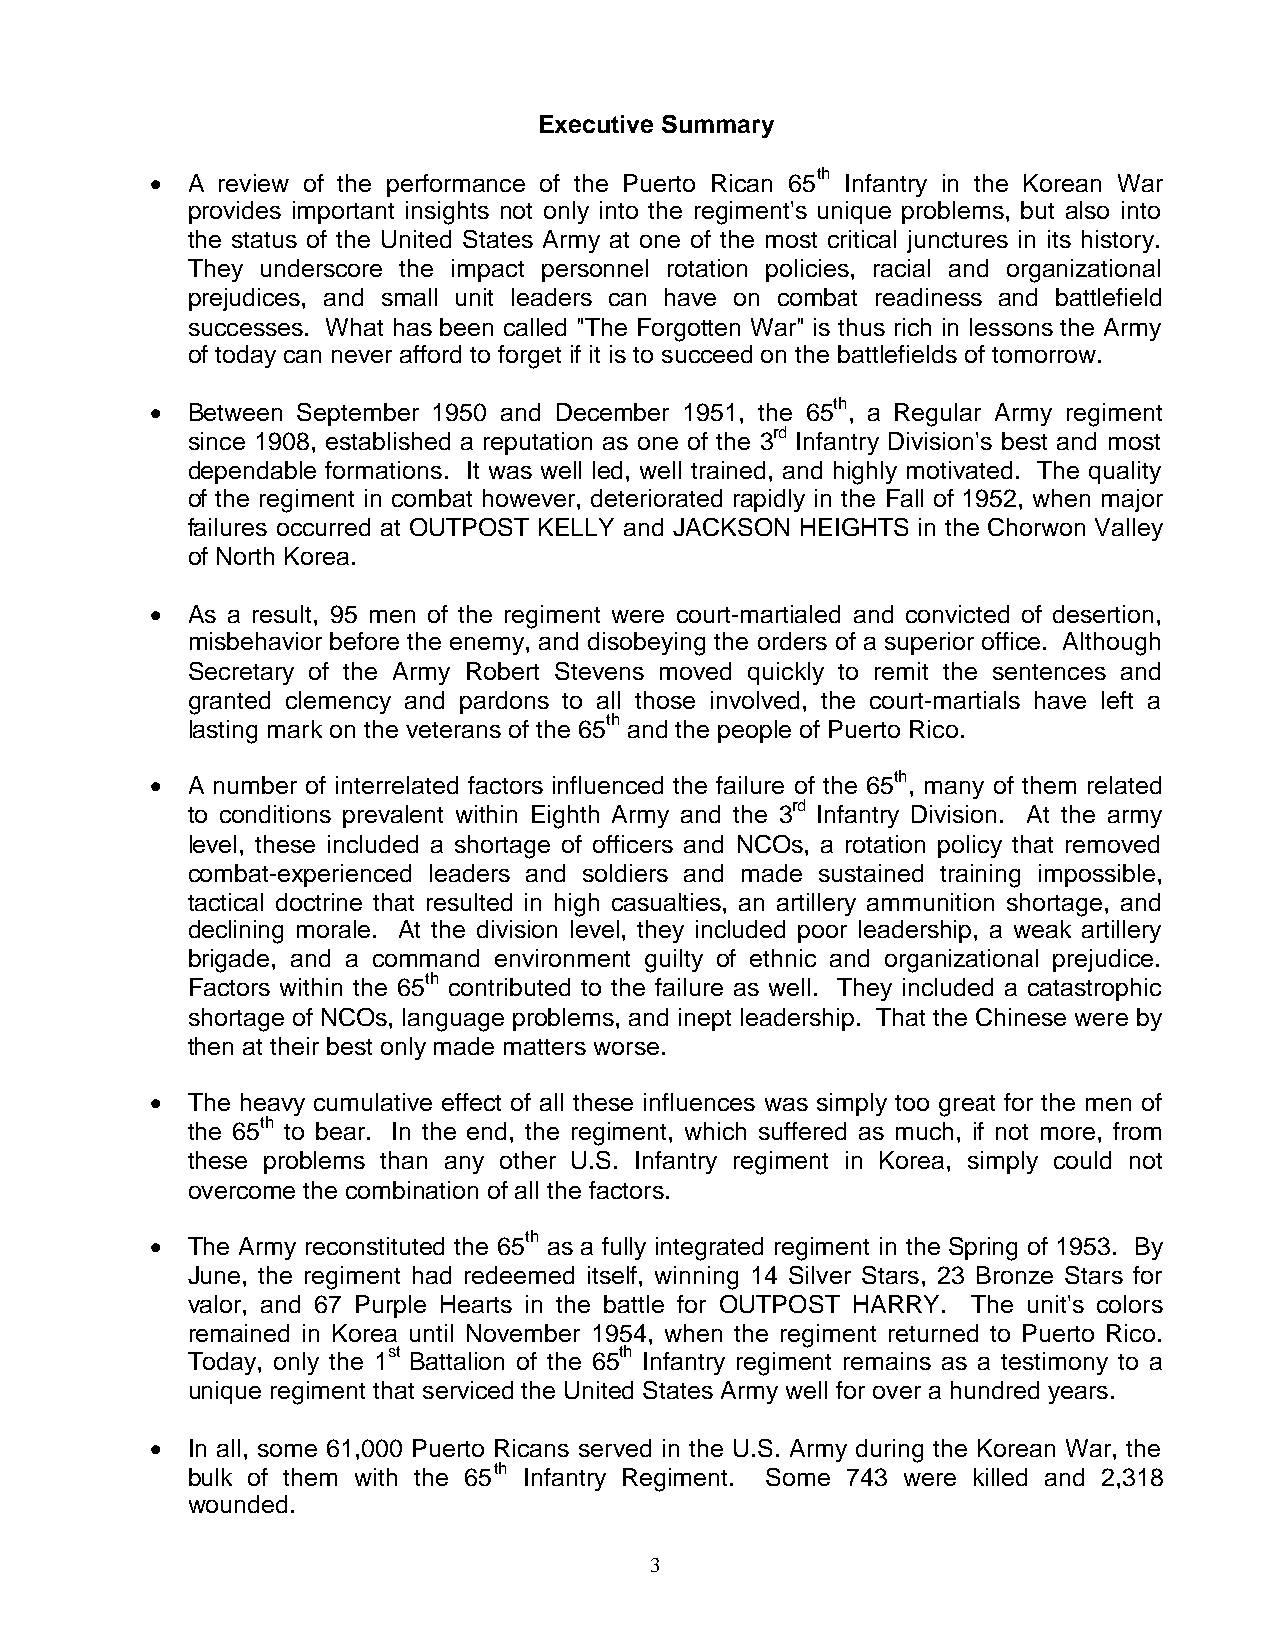
Executive Summary
 • A review of the performance of the Puerto Rican 65th Infantry in the Korean War
 provides important insights not only into the regiment's unique problems, but also into
 the status of the United States Army at one of the most critical junctures in its history.
 They underscore the impact personnel rotation policies, racial and organizational
 prejudices, and small unit leaders can have on combat readiness and battlefield
 successes. What has been called "The Forgotten War" is thus rich in lessons the Army
 of today can never afford to forget if it is to succeed on the battlefields of tomorrow.
 • Between September 1950 and December 1951, the 65th, a Regular Army regiment
 since 1908, established a reputation as one of the 3rd Infantry Division's best and most
 dependable formations. It was well led, well trained, and highly motivated. The quality
 of the regiment in combat however, deteriorated rapidly in the Fall of 1952, when major
 failures occurred at OUTPOST KELLY and JACKSON HEIGHTS in the Chorwon Valley
 of North Korea.
 • As a result, 95 men of the regiment were court-martialed and convicted of desertion,
 misbehavior before the enemy, and disobeying the orders of a superior office. Although
 Secretary of the Army Robert Stevens moved quickly to remit the sentences and
 granted clemency and pardons to all those involved, the court-martials have left a
 lasting mark on the veterans of the 65th and the people of Puerto Rico.
 • A number of interrelated factors influenced the failure of the 65th, many of them related
 to conditions prevalent within Eighth Army and the 3rd Infantry Division. At the army
 level, these included a shortage of officers and NCOs, a rotation policy that removed
 combat-experienced leaders and soldiers and made sustained training impossible,
 tactical doctrine that resulted in high casualties, an artillery ammunition shortage, and
 declining morale. At the division level, they included poor leadership, a weak artillery
 brigade, and a command environment guilty of ethnic and organizational prejudice.
 Factors within the 65th contributed to the failure as well. They included a catastrophic
 shortage of NCOs, language problems, and inept leadership. That the Chinese were by
 then at their best only made matters worse.
 • The heavy cumulative effect of all these influences was simply too great for the men of
 the 65th to bear. In the end, the regiment, which suffered as much, if not more, from
 these problems than any other U.S. Infantry regiment in Korea, simply could not
 overcome the combination of all the factors.
 • The Army reconstituted the 65th as a fully integrated regiment in the Spring of 1953. By
 June, the regiment had redeemed itself, winning 14 Silver Stars, 23 Bronze Stars for
 valor, and 67 Purple Hearts in the battle for OUTPOST HARRY. The unit's colors
 remained in Korea until November 1954, when the regiment returned to Puerto Rico.
 Today, only the 1st Battalion of the 65th Infantry regiment remains as a testimony to a
 unique regiment that serviced the United States Army well for over a hundred years.
 • In all, some 61,000 Puerto Ricans served in the U.S. Army during the Korean War, the
 bulk of them with the 65th Infantry Regiment. Some 743 were killed and 2,318
 wounded.
 3